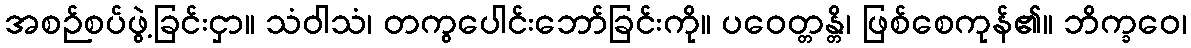
အစဉ်စပ်ဖွဲ့ခြင်းငှာ။ သံဝါသံ၊ တကွပေါင်းဘော်ခြင်းကို။ ပဝေတ္တန္တိ၊ ဖြစ်စေကုန်၏။ ဘိက္ခဝေ၊